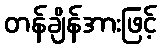
တန်ချိန်အားဖြင့်